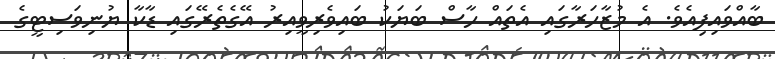
ބާއްވައިފިއެވެ. އެ މުޒާހަރާގައި އެތައް ހާސް ބަޔަކު ބައިވެރިވީއިރު އޭގެތެރޭގައި ޑާކާ ޔުނިވަސިޓީގެ